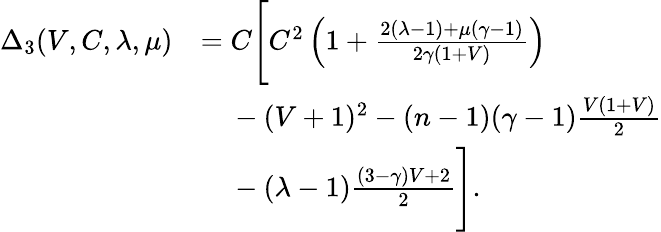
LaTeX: \begin{array}{rl}{\Delta_{3}(V,C,\lambda,\mu)}&{=C\Bigg[C^{2}\left(1+\frac{2(\lambda-1)+\mu(\gamma-1)}{2\gamma(1+V)}\right)}\\ &{\ \ \ \ -(V+1)^{2}-(n-1)(\gamma-1)\frac{V(1+V)}{2}}\\ &{\ \ \ \ -(\lambda-1)\frac{(3-\gamma)V+2}{2}\Bigg].}\end{array}